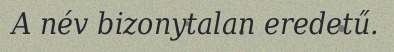
A név bizonytalan eredetű.